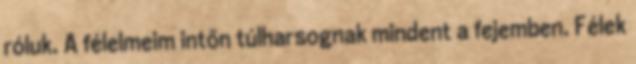
róluk. A félelmeim intőn túlharsognak mindent a fejemben. Félek